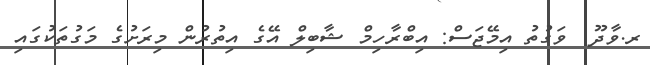
ރ.ވާދޫ  ވަގުތު އިމޭޖަސް: އިބްރާހިމް ޝާބިލް އޭގެ އިތުރުން މިރަށުގެ މަގުތަކުގައި